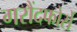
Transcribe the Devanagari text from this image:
गरौंदफोर्से